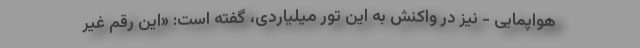
هواپمایی - نیز در واکنش به این تور میلیاردی، گفته است: «این رقم غیر